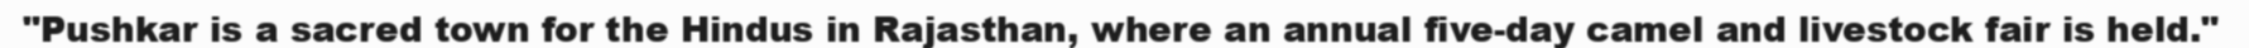
"Pushkar is a sacred town for the Hindus in Rajasthan, where an annual five-day camel and livestock fair is held."